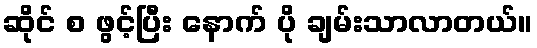
ဆိုင် စ ဖွင့်ပြီး နောက် ပို ချမ်းသာလာတယ်။